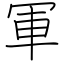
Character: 軍